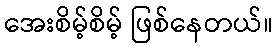
အေးစိမ့်စိမ့် ဖြစ်နေတယ်။